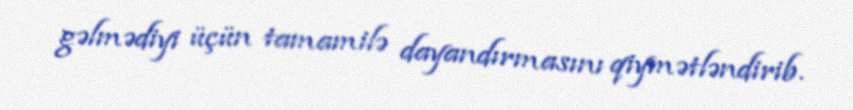
gəlmədiyi üçün tamamilə dayandırmasını qiymətləndirib.